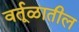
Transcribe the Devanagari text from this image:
वर्तूळातील